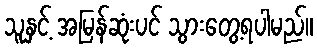
သူနှင့် အမြန်ဆုံးပင် သွားတွေ့ရပါမည်။